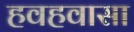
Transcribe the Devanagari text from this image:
हवहवासा